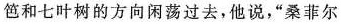
笆和七叶树的方向闲荡过去，他说，“桑菲尔